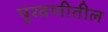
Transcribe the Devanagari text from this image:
पुरवणीतील